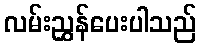
လမ်းညွှန်ပေးပါသည်